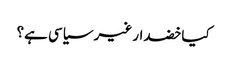
کیا خضدار غیر سیاسی ہے؟